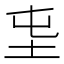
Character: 𡉫